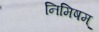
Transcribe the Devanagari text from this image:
निमिषम्